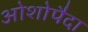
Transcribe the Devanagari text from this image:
ओशोपैदा